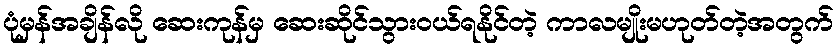
ပုံမှန်အချိန်လို ဆေးကုန်မှ ဆေးဆိုင်သွားဝယ်ရနိုင်တဲ့ ကာလမျိုးမဟုတ်တဲ့အတွက်